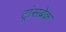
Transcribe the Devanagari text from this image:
ट्रांसब्रेक